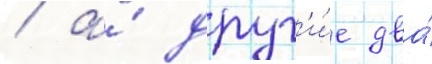
/ а́ друг'и́е два́